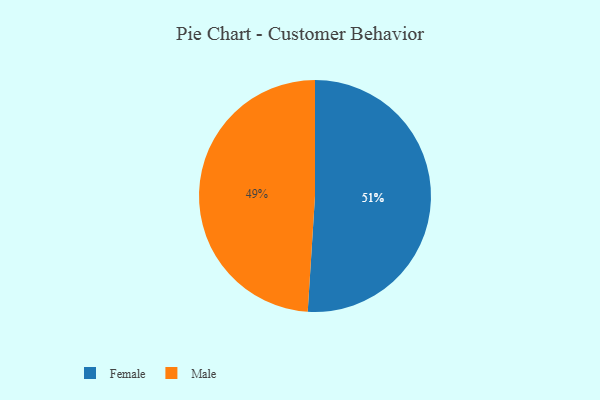
{"axis": {"x": "Category", "y": "Percentage"}, "legend": ["Female", "Male"], "data": [{"x": "Female", "y": 51, "type": "Female"}, {"x": "Male", "y": 49, "type": "Male"}]}